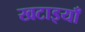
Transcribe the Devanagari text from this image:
खटाइयाँ